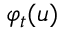
\varphi _ { t } ( u )